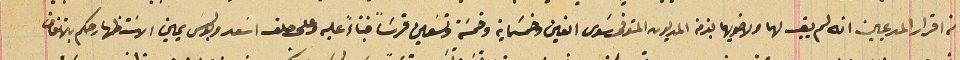
من اقرار المدعيين انه لم يبق لهما ولاخويهما بذمة المديون المتوفى سَوى الفين وخمسَماية وخمسَة وتسَعين قرشاً فبناءً عليه وعلى حلف اسَعد وبولسَ يمين الاسَتظهار حكم بالاتفاق